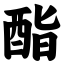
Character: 酯